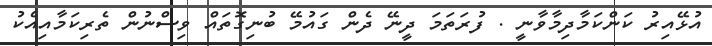
އުޅޭއިރު ކަންކަމާދިމާވާނީ . ފުރަތަމަ ދީނޭ ދެން ގައުމޭ ބުނިގޮތައް ވިސްނުން ތެރިކަމާއިއެކު